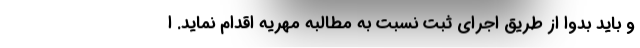
و باید بدوا از طریق اجرای ثبت نسبت به مطالبه مهریه اقدام نماید. ا